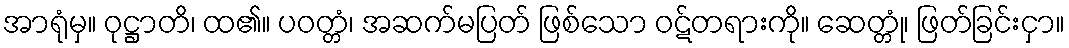
အာရုံမှ။ ဝုဋ္ဌာတိ၊ ထ၏။ ပဝတ္တံ၊ အဆက်မပြတ် ဖြစ်သော ဝဋ်တရားကို။ ဆေတ္တုံ၊ ဖြတ်ခြင်းငှာ။